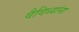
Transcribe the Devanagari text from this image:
वैविध्यांना